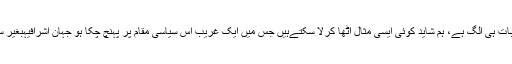
پاکستان میں، مغربی جمہوریت کی بات ہی الگ ہے، ہم شاید کوئی ایسی مثال اُٹھا کرلا سکتےہیں جس میں ایک غریب اُس سیاسی مقام پر پہنچ چُکا ہو جہان اشرافیہبغیر سیاسی اثررسوخ کے مامور ہوتا ہے۔